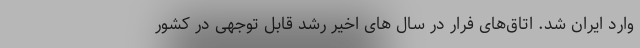
وارد ایران شد. اتاق‌های فرار در سال های اخیر رشد قابل توجهی در کشور